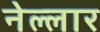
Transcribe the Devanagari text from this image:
नेल्‍लार